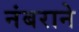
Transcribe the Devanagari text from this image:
नंबराने